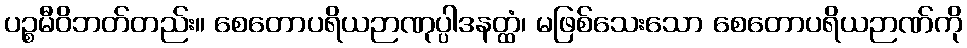
ပဉ္စမီဝိဘတ်တည်း။ စေတောပရိယဉာဏုပ္ပါဒနတ္ထံ၊ မဖြစ်သေးသော စေတောပရိယဉာဏ်ကို